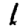
Digit: 1